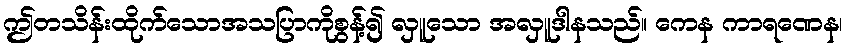
ဤတသိန်းထိုက်သောအသပြာကိုစွန့်၍ လှူသော အလှူဒါနသည်။ ကေန ကာရဏေန၊